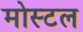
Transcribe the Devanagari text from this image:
मोस्टल